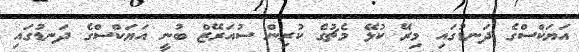
އަޔަކްސްގެ ދަނޑުގައި މިރޭ ކުޅޭ މެޗުގެ ކުރިން ސުއަރޭޒް ބުނީ އަޔަކްސްގެ ދަނޑުގައި